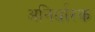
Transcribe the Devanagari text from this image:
अनिर्धारक